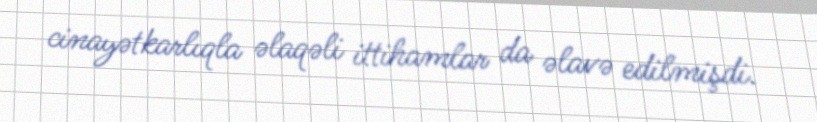
cinayətkarlıqla əlaqəli ittihamlar da əlavə edilmişdi.